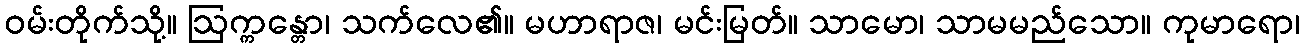
ဝမ်းတိုက်သို့။ ဩက္ကန္တော၊ သက်လေ၏။ မဟာရာဇ၊ မင်းမြတ်။ သာမော၊ သာမမည်သော။ ကုမာရော၊